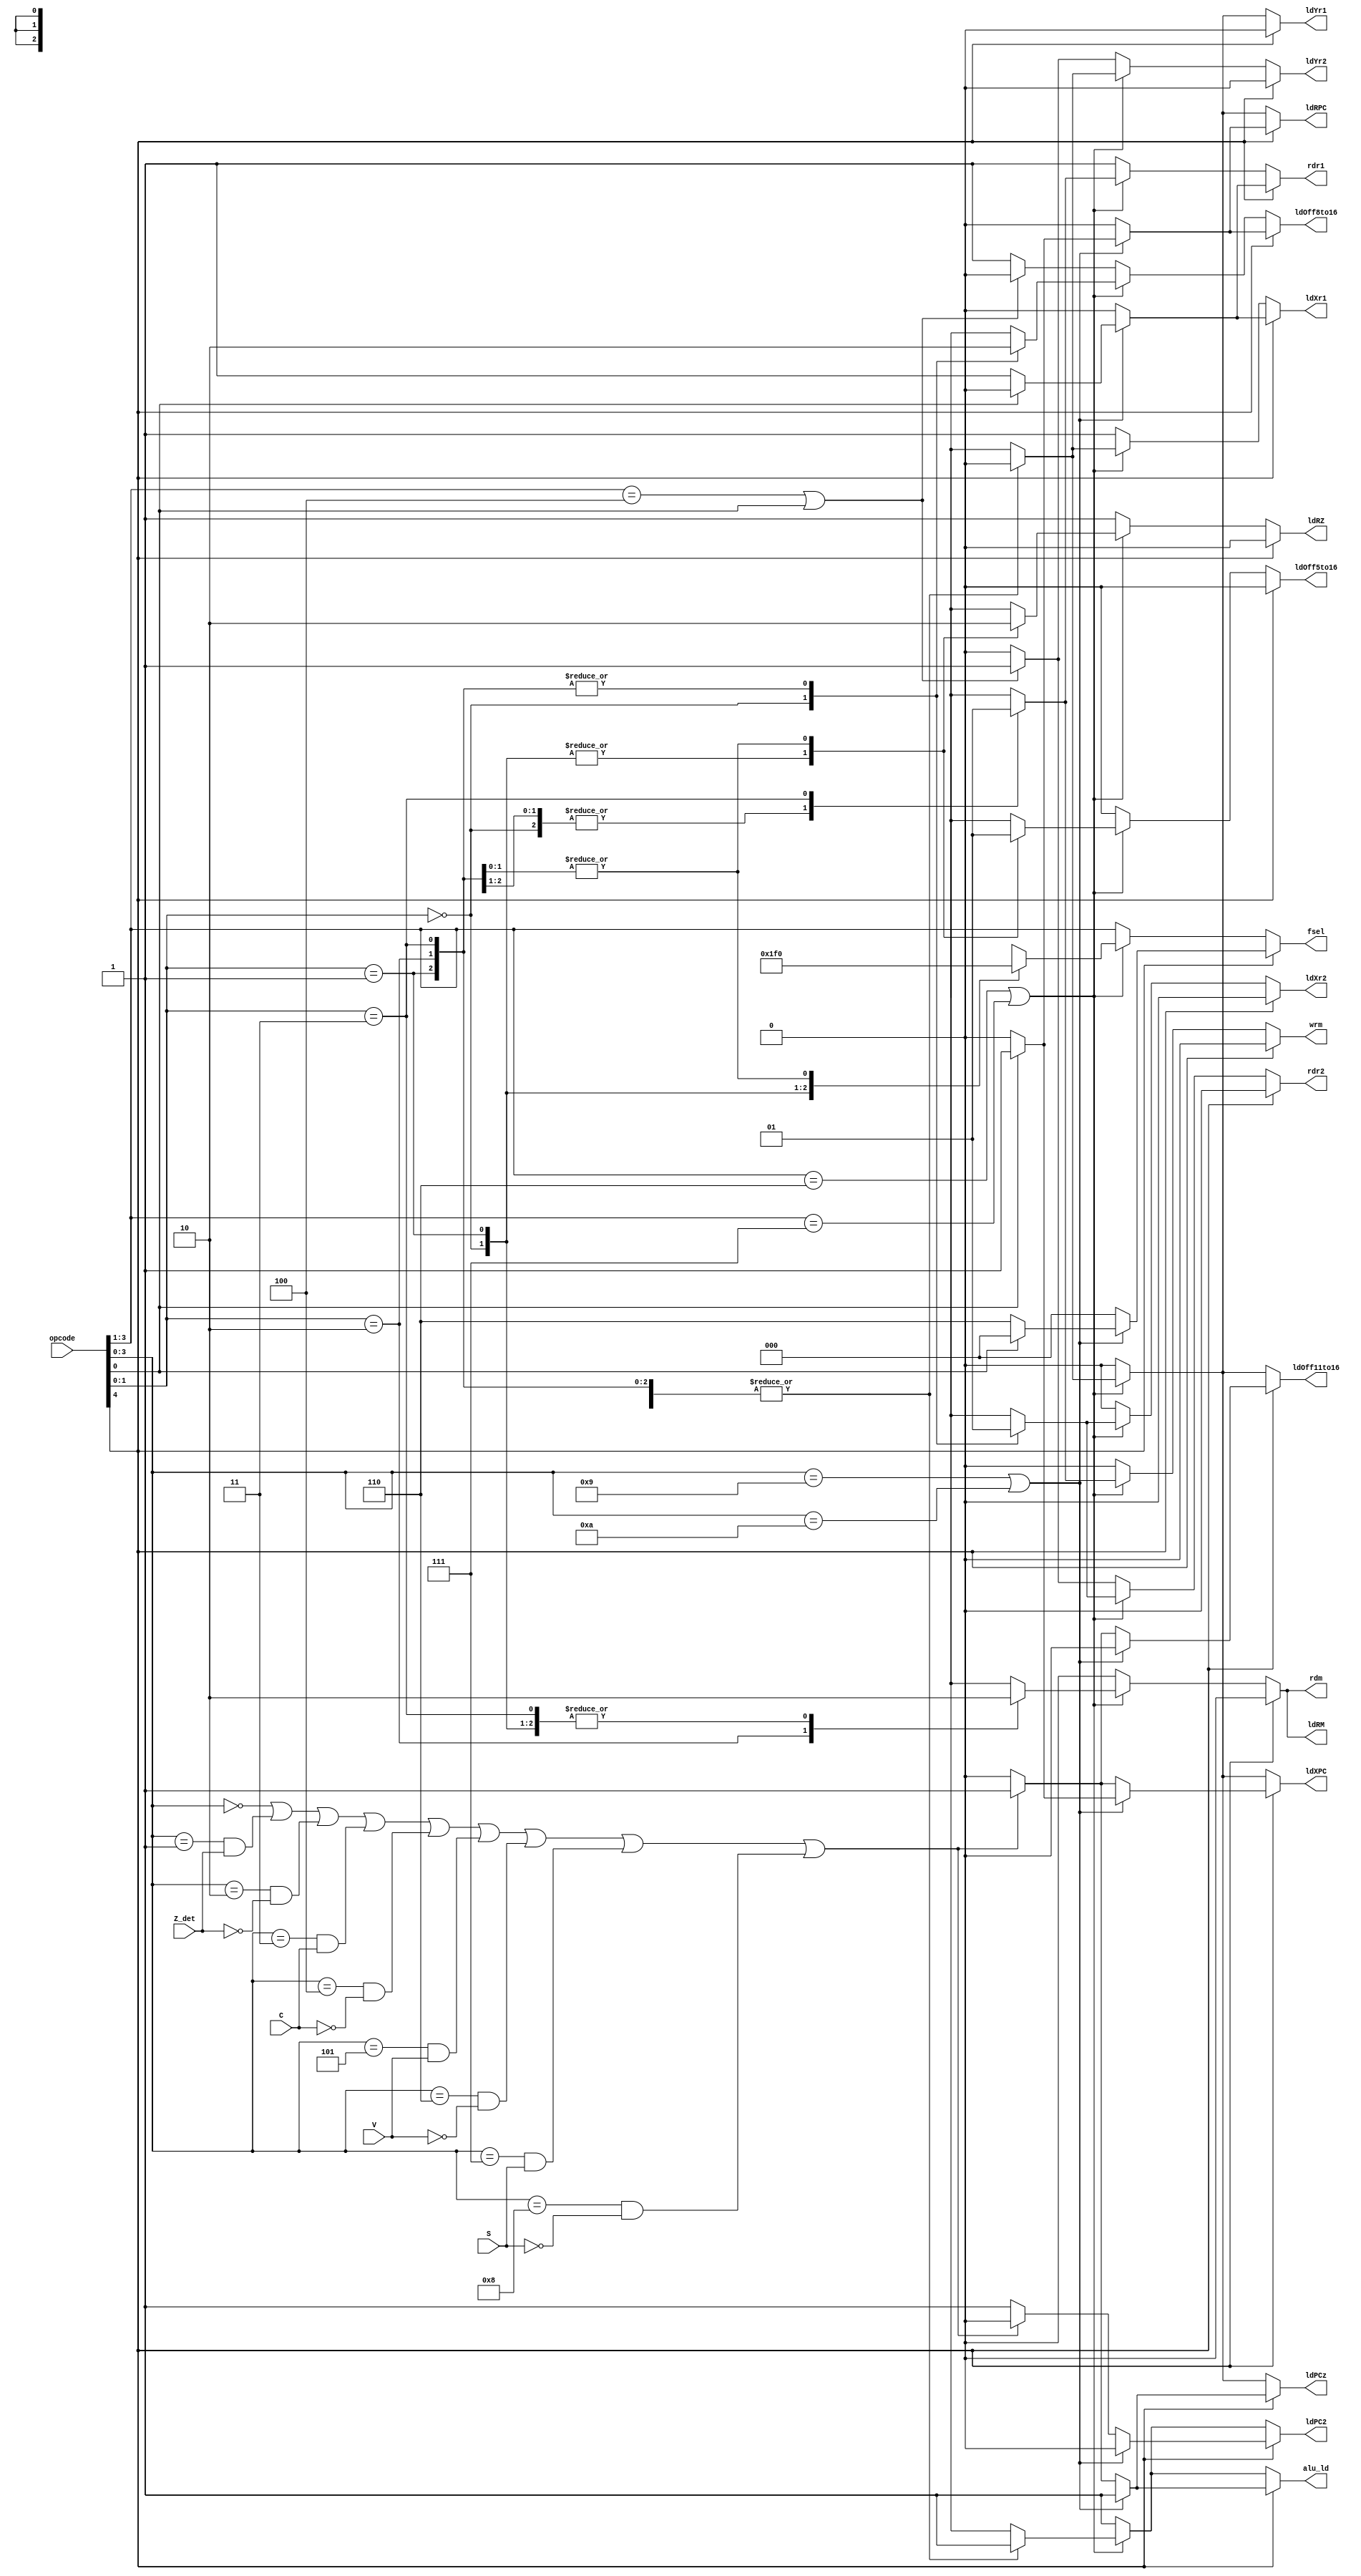
`timescale 1ns / 1ps
//////////////////////////////////////////////////////////////////////////////////
// Company: 
// Engineer: 
// 
// Design Name: 
// Module Name:    CPU_Controller 
// Project Name: 
// Target Devices: 
// Tool versions: 
// Description: 
//
// Dependencies: 
//
// Revision: 
// Revision 0.01 - File Created
// Additional Comments: 
//
//////////////////////////////////////////////////////////////////////////////////
module CPU_Controller(
		ldPC2,ldPCz,ldXr1,ldXr2,ldXPC,ldYr1,ldYr2,alu_ld,ldRPC,ldRZ,ldRM,rdr1,rdr2,rdm,wrm,ldOff11to16,ldOff8to16,ldOff5to16,fsel,
		opcode,C,V,S,Z_det
    );
	
	input[4:0] opcode;
	input C,V,S,Z_det;
	output ldPC2,ldPCz,ldXr1,ldXr2,ldXPC,ldYr1,ldYr2,alu_ld,ldRPC,ldRZ,ldRM,rdr1,rdr2,rdm,wrm,ldOff11to16,ldOff8to16,ldOff5to16;
	output[2:0] fsel;
	reg ldPC2,ldPCz,ldXr1,ldXr2,ldXPC,ldYr1,ldYr2,alu_ld,ldRPC,ldRZ,ldRM,rdr1,rdr2,rdm,wrm,ldOff11to16,ldOff8to16,ldOff5to16;
	reg[2:0] fsel;

	always@(opcode)begin
		if(opcode[4])begin	//Jump
			if(opcode[3:0]==4'b1001||opcode[3:0]==4'b1010)begin
				if(opcode[0])begin
					ldPC2 = 0;
					ldPCz = 1;
					ldXr1 = 0;
					ldXr2 = 0;
					ldXPC = 1;
					ldYr1 = 0;
					ldYr2 = 0;
					alu_ld = 1;
					ldRPC = 1;
					ldRZ = 0;
					ldRM = 0;
					rdr1 = 0;
					rdr2 = 0;
					rdm = 0;
					wrm = 0;
					ldOff11to16 = 0;
					ldOff8to16 = 1;
					ldOff5to16 = 0;
					fsel=0;
				end
				else begin
					ldPC2 = 0;
					ldPCz = 1;
					ldXr1 = 1;
					ldXr2 = 0;
					ldXPC = 0;
					ldYr1 = 0;
					ldYr2 = 0;
					alu_ld = 1;
					ldRPC = 0;
					ldRZ = 0;
					ldRM = 0;
					rdr1 = 1;
					rdr2 = 0;
					rdm = 0;
					wrm = 0;
					ldOff11to16 = 0;
					ldOff8to16 = 0;
					ldOff5to16 = 0;
					fsel=6;
				end
			end
			else begin
				ldXr1 = 0;
				ldXr2 = 0;
				ldYr1 = 0;
				ldYr2 = 0;
				ldRPC = 0;
				ldRZ = 0;
				ldRM = 0;
				rdr1 = 0;
				rdr2 = 0;
				rdm = 0;
				wrm = 0;
				ldOff8to16 = 0;
				ldOff5to16 = 0;
				fsel=0;
				if((opcode[3:0]==4'b0000)||
					((opcode[3:0]==4'b0001)&&(Z_det))||((opcode[3:0]==4'b0010)&&(Z_det==0))||
					((opcode[3:0]==4'b0011)&&(C))||((opcode[3:0]==4'b0100)&&(C==0))||
					((opcode[3:0]==4'b0101)&&(V))||((opcode[3:0]==4'b0110)&&(V==0))||
					((opcode[3:0]==4'b0111)&&(S))||((opcode[3:0]==4'b1000)&&(S==0))
						)begin
					ldPC2 = 0;
					ldPCz = 1;
					ldXPC = 1;
					alu_ld = 1;
					ldOff11to16 = 1;
				end
				else begin
					ldPC2 = 1;
					ldPCz = 0;
					ldXPC = 0;
					alu_ld = 0;
					ldOff11to16 = 0;
				end
			end
		end
		else begin
			if(opcode[3:1]==3'b110||opcode[3:1]==3'b111)begin	//Load/Store
				casex(opcode[1:0])
					2'b00:begin
						ldPC2 = 1;
						ldPCz = 0;
						ldXr1 = 0;
						ldXr2 = 0;
						ldXPC = 0;
						ldYr1 = 0;
						ldYr2 = 0;
						alu_ld = 1;
						ldRPC = 0;
						ldRZ = 1;
						ldRM = 0;
						rdr1 = 0;
						rdr2 = 0;
						rdm = 0;
						wrm = 0;
						ldOff11to16 = 0;
						ldOff8to16 = 1;
						ldOff5to16 = 0;
						fsel=7;
					end
					2'b01:begin
						ldPC2 = 1;
						ldPCz = 0;
						ldXr1 = 0;
						ldXr2 = 1;
						ldXPC = 0;
						ldYr1 = 0;
						ldYr2 = 0;
						alu_ld = 1;
						ldRPC = 0;
						ldRZ = 1;
						ldRM = 0;
						rdr1 = 0;
						rdr2 = 1;
						rdm = 0;
						wrm = 0;
						ldOff11to16 = 0;
						ldOff8to16 = 0;
						ldOff5to16 = 0;
						fsel=6;
					end
					2'b10:begin
						ldPC2 = 1;
						ldPCz = 0;
						ldXr1 = 0;
						ldXr2 = 1;
						ldXPC = 0;
						ldYr1 = 0;
						ldYr2 = 0;
						alu_ld = 1;
						ldRPC = 0;
						ldRZ = 0;
						ldRM = 1;
						rdr1 = 0;
						rdr2 = 1;
						rdm = 1;
						wrm = 0;
						ldOff11to16 = 0;
						ldOff8to16 = 0;
						ldOff5to16 = 1;
						fsel=0;
					end
					2'b11:begin
						ldPC2 = 1;
						ldPCz = 0;
						ldXr1 = 0;
						ldXr2 = 1;
						ldXPC = 0;
						ldYr1 = 0;
						ldYr2 = 0;
						alu_ld = 1;
						ldRPC = 0;
						ldRZ = 0;
						ldRM = 0;
						rdr1 = 1;
						rdr2 = 1;
						rdm = 0;
						wrm = 1;
						ldOff11to16 = 0;
						ldOff8to16 = 0;
						ldOff5to16 = 1;
						fsel=0;
					end
				endcase
				
			end
			else begin												//ALU
				ldPC2 = 1;
				ldPCz = 0;
				ldXr1 = 1;
				ldXr2 = 0;
				ldXPC = 0;
				ldYr1 = 0;
				alu_ld = 1;
				ldRPC = 0;
				ldRZ = 1;
				ldRM = 0;
				rdr1 = 1;
				rdm = 0;
				wrm = 0;
				ldOff11to16 = 0;
				ldOff5to16 = 0;
				fsel=opcode[3:1];
				if(opcode[3:1]==3'b100||opcode[0])begin	//ALU_R
					ldYr2 = 1;
					rdr2 = 1;
					ldOff8to16 = 0;
				end
				else begin											//ALU_I
					ldYr2 = 0;
					rdr2 = 0;
					ldOff8to16 = 1;
				end
			end
		end
	end
endmodule